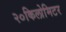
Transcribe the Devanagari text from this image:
२०किलोमिटर